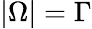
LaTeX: |\Omega|=\Gamma